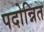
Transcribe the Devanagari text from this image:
पदोन्नित